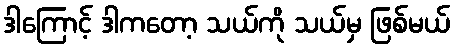
ဒါကြောင့် ဒါကတော့ သယ်ကို သယ်မှ ဖြစ်မယ်